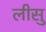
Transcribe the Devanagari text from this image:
लीसु